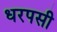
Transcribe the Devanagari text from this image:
धरपसी